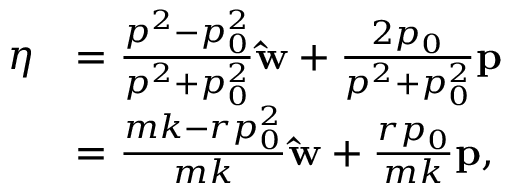
{ \begin{array} { r l } { { \boldsymbol { \eta } } } & { = { \frac { p ^ { 2 } - p _ { 0 } ^ { 2 } } { p ^ { 2 } + p _ { 0 } ^ { 2 } } } \mathbf { \hat { w } } + { \frac { 2 p _ { 0 } } { p ^ { 2 } + p _ { 0 } ^ { 2 } } } \mathbf { p } } \\ & { = { \frac { m k - r p _ { 0 } ^ { 2 } } { m k } } \mathbf { \hat { w } } + { \frac { r p _ { 0 } } { m k } } \mathbf { p } , } \end{array} }